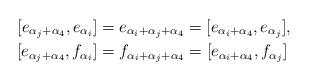
LaTeX: \begin{align*} [e_{\alpha_j+\alpha_4},e_{\alpha_i}] &= e_{\alpha_i+\alpha_j+\alpha_4} = [e_{\alpha_i+\alpha_4},e_{\alpha_j}],\\ [e_{\alpha_j+\alpha_4},f_{\alpha_i}] &= f_{\alpha_i+\alpha_j+\alpha_4} = [e_{\alpha_i+\alpha_4},f_{\alpha_j}] \end{align*}